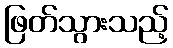
ဖြတ်သွားသည့်